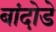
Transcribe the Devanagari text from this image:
बांदोडे